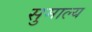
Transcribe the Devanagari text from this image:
सुमाल्य